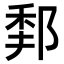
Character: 𨛻